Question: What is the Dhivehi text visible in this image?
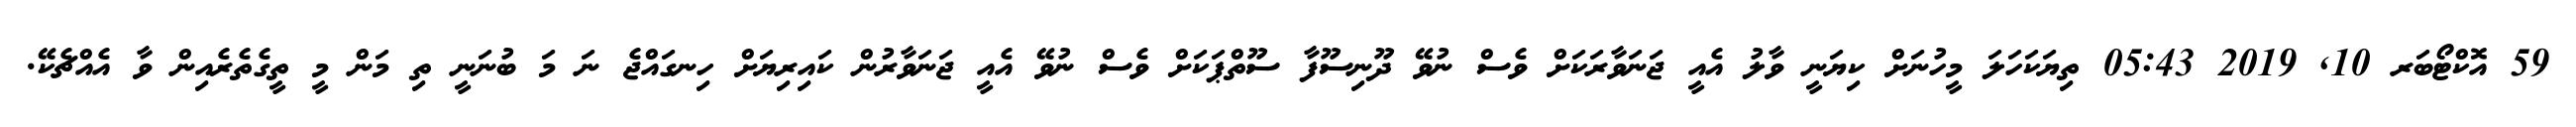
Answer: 59 އޮކްޓޯބަރ 10, 2019 05:43 ތިޔަކަހަލަ މީހުނަށް ކިޔަނީ ވާލު އެއީ ޖަނަވާރަކަށް ވެސް ނުވޭ ދޫނިސޫފާ ސޫތްޕަކަށް ވެސް ނުވޭ އެއީ ޖަނަވާރުން ކައިރިޔަށް ހިނގައްޖެ ނަ މަ ބުނަނީ ތި މަން މީ ތީގެތެރެއިން ވާ އެއްޗެކޭ.